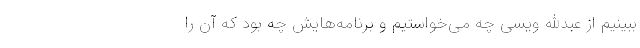
ببینیم از عبدالله ویسی چه می‌خواستیم و برنامه‌هایش چه بود که آن را